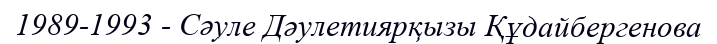
1989-1993 - Сәуле Дәулетиярқызы Құдайбергенова